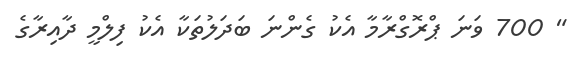
" 700 ވަނަ ޕްރޮގްރާމާ އެކު ގެންނަ ބަދަލުތަކާ އެކު ފިލްމީ ދާއިރާގެ